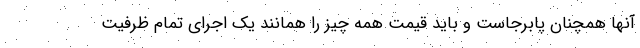
آنها همچنان پابرجاست و باید قیمت همه چیز را همانند یک اجرای تمام ظرفیت